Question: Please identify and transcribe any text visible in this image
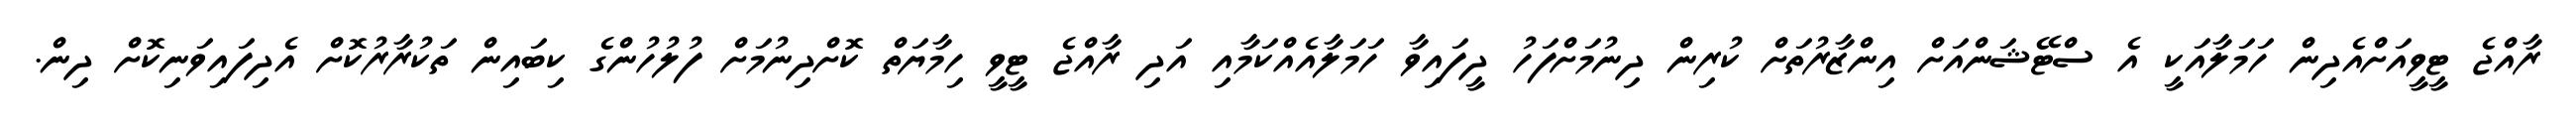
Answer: ރާއްޖެ ޓީވީއަށްއެދިން ހަމަލާއަކީ އެ ސްޓޭޝަންއަށް އިންޒާރުތަށް ކުރިން ދިނުމަށްފަހު ދީފައިވާ ހަމަލާއެއްކަމާއި އަދި ރާއްޖެ ޓީވީ ހިމާޔަތް ކޮށްދިނުމަށް ފުލުހުންގެ ކިބައިން ތަކުރާރުކޮށް އެދިފައިވަނިކޮށް ދިން.